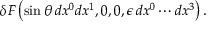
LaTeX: \delta F \left( \sin \theta \, d x ^ { 0 } d x ^ { 1 } , 0 , 0 , \epsilon \, d x ^ { 0 } \cdots d x ^ { 3 } \right) .